Punjab Mental Hospital Lahore 1932-46 - 1932-1946
Year: 1932
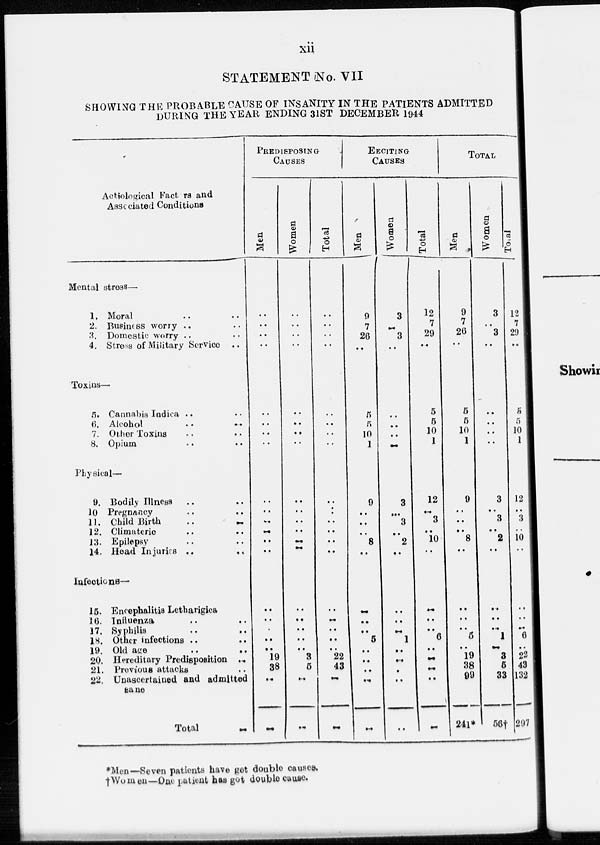
xii
STATEMENT No. VII
SHOWING THE PROBABLE CAUSE OF INSANITY IN THE PATIENTS ADMITTED
DURING THE YEAR ENDING 31ST DECEMBER 1944
Actiological Factors and
Associated Conditions
Mental stress—
1. Moral .. ..
2. Business worry .. ..
3. Domestic worry .. ..
4. Stress of Military Service ..
Toxins—
5. Cannabis Indica .. ..
6. Alcohol .. ..
7. Other Toxins .. ..
8. Opium .. ..
Physical—
9. Bodily Illness .. ..
10 Pregnancy .. ..
11. Child Birth .. ..
12. Climateric .. ..
13. Epilepsy .. ..
14. Head Injuries ..
..
Infections—
15. Encephalitis Letharigica
16. Influenza .. ..
17. Syphilis .. ..
18. Other infections .. ..
19. Old age .. ..
20. Hereditary Predisposition
..
21. Previous attacks ..
22. Unascertained and admitted
sane
Total
..
PREDISPOSING
CAUSES
Men
..
..
..
..
..
..
..
..
..
..
..
..
..
..
..
..
..
..
..
19
38
..
..
Women
..
..
..
..
..
..
..
..
..
..
..
..
..
..
..
..
..
..
..
3
5
..
..
Total
..
..
..
..
..
..
..
..
..
..
..
..
..
..
..
..
..
..
..
22
43
..
..
EECITING
CAUSES
Men
9
7
26
..
5
5
10
1
9
..
..
..
8
..
..
..
..
5
..
..
..
..
..
Women
3
..
3
..
..
..
..
..
3
..
3
..
2
..
..
..
..
1
..
..
..
..
..
Total
12
7
29
..
5
5
10
1
12
..
3
..
10
..
..
..
.. 6
..
..
..
..
..
TOTAL
Men
9
7
26
..
5
5
10
1
9
..
..
..
8
..
..
..
..
5
..
19
38
99
241*
Women
3
..
3
..
..
..
..
..
3
..
3
..
2
..
..
..
..
1
..
3
5
33
56†
Total
12
7
29
..
5
5
10
1
12
..
3
..
10
..
..
..
..
6
..
22
43
132
297
*Men—Seven patients have get double causes.
†Women—One patient has got double cause.